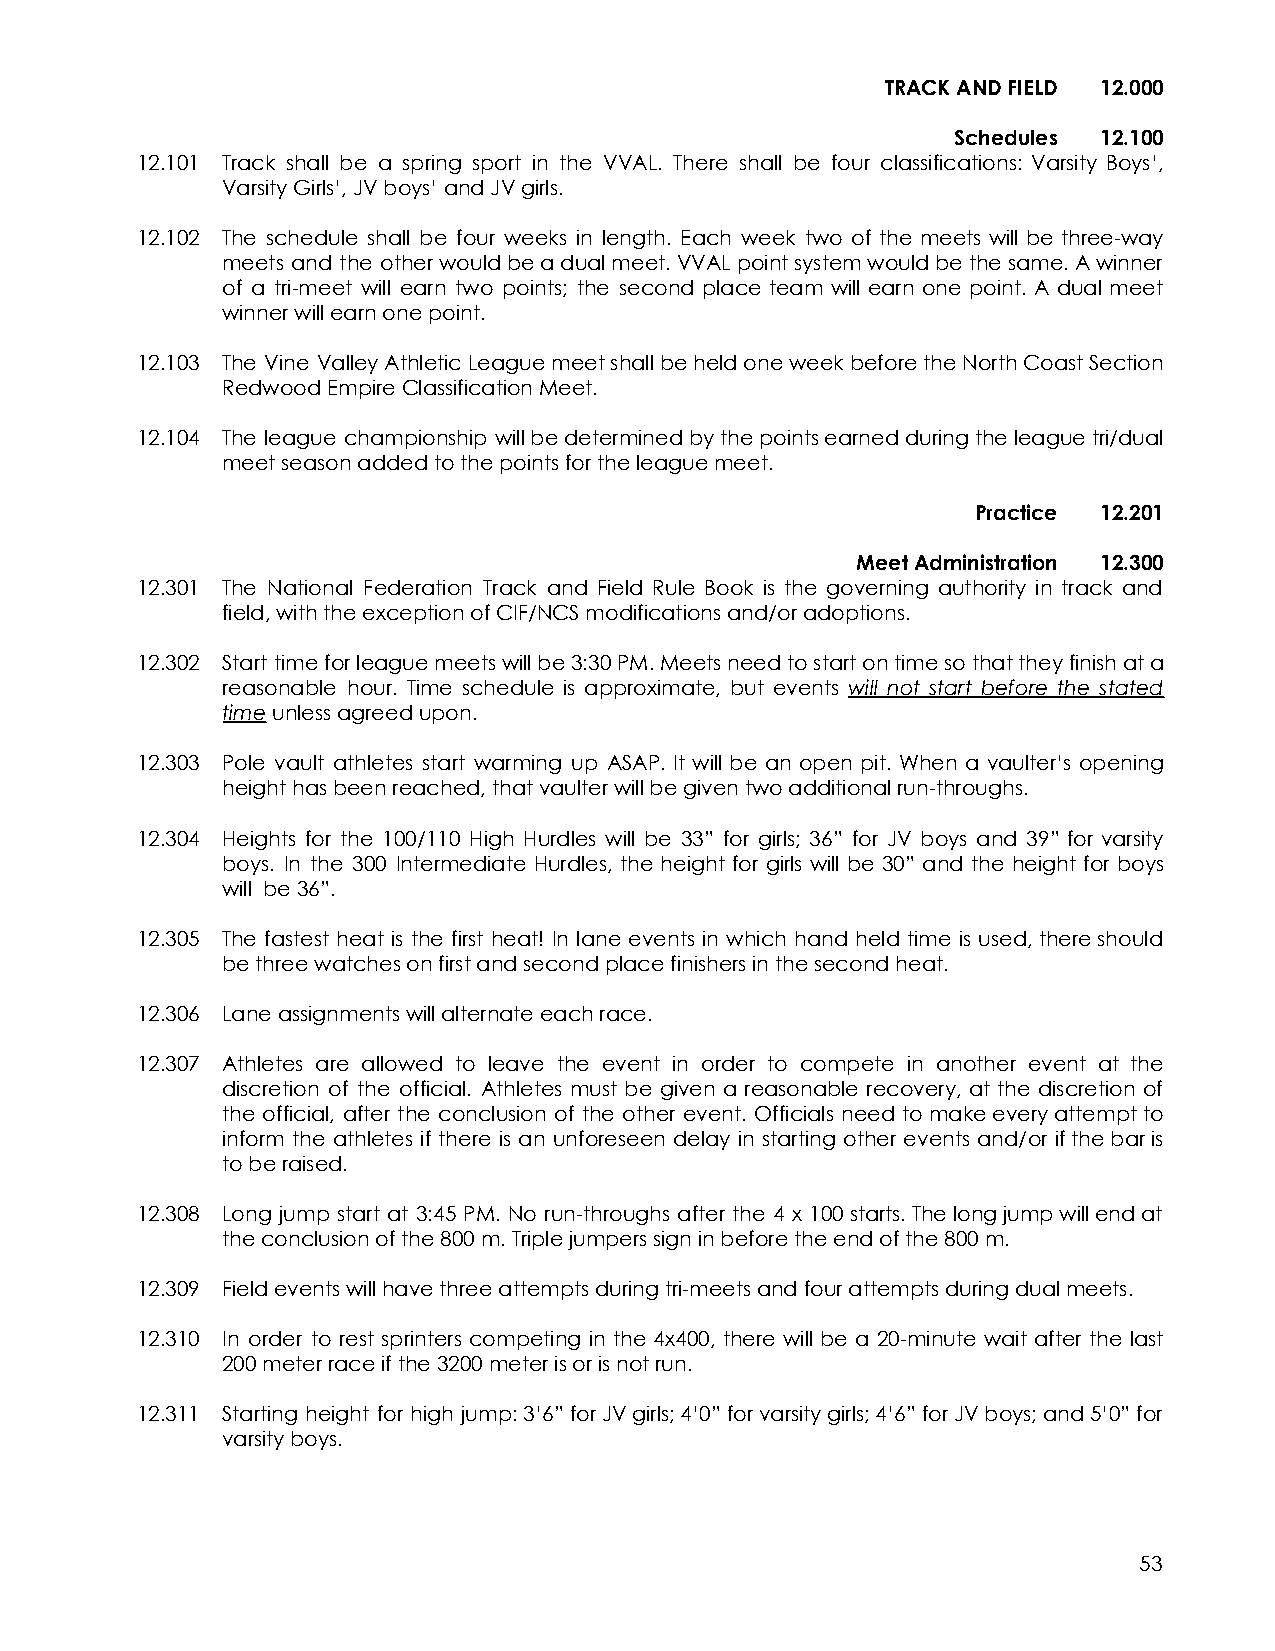
TRACK AND FIELD 12.000
 Schedules 12.100
 12.101 Track shall be a spring sport in the VVAL. There shall be four classifications: Varsity Boys’,
 Varsity Girls’, JV boys’ and JV girls.
 12.102 The schedule shall be four weeks in length. Each week two of the meets will be three-way
 meets and the otherwouldbeadualmeet.VVALpointsystemwouldbethesame.Awinner
 of a tri-meet will earn two points; the second place team will earn one point. A dual meet
 winner will earn one point.
 12.103 The Vine ValleyAthleticLeaguemeetshallbeheldoneweekbeforetheNorthCoastSection
 Redwood Empire Classification Meet.
 12.104 The league championship willbedeterminedbythepointsearnedduringtheleaguetri/dual
 meet season added to the points for the league meet.
 Practice 12.201
 Meet Administration 12.300
 12.301 The National Federation Track and Field Rule Book is the governing authority in track and
 field, with the exception of CIF/NCS modifications and/or adoptions.
 12.302 Start timeforleaguemeetswillbe3:30PM.Meetsneedtostartontimesothattheyfinishata
 reasonable hour. Time schedule is approximate, but events will not start before the stated
 timeunless agreed upon.
 12.303 Pole vault athletes start warming up ASAP. It will be an open pit. When a vaulter’s opening
 height has been reached, that vaulter will be given two additional run-throughs.
 12.304 Heights for the 100/110 High Hurdles will be 33” for girls; 36” for JV boys and 39” for varsity
 boys. In the 300 Intermediate Hurdles, the height for girls will be 30” and the height for boys
 will be 36”.
 12.305 The fastest heat is the first heat! In lane events in which hand held time is used,thereshould
 be three watches on first and second place finishers in the second heat.
 12.306 Lane assignments will alternate each race.
 12.307 Athletes are allowed to leave the event in order to compete in another event at the
 discretion of the official. Athletes must be given a reasonable recovery, at the discretion of
 the official, after the conclusion of the other event. Officials need tomakeeveryattemptto
 inform the athletes if there is an unforeseen delay in starting other events and/or ifthebaris
 to be raised.
 12.308 Long jump start at 3:45 PM. No run-throughs after the 4 x 100starts.Thelongjumpwillendat
 the conclusion of the 800 m. Triple jumpers sign in before the end of the 800 m.
 12.309 Field events will have three attempts during tri-meets and four attempts during dual meets.
 12.310 In order to rest sprinters competing in the 4x400, there will be a 20-minute wait after the last
 200 meter race if the 3200 meter is or is not run.
 12.311 Starting height for high jump:3’6”forJVgirls;4’0”forvarsitygirls;4’6”forJVboys;and5’0”for
 varsity boys.
 53